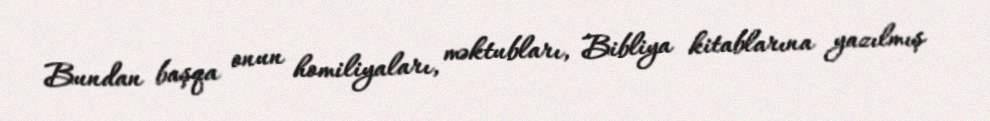
Bundan başqa onun homiliyaları, məktubları, Bibliya kitablarına yazılmış